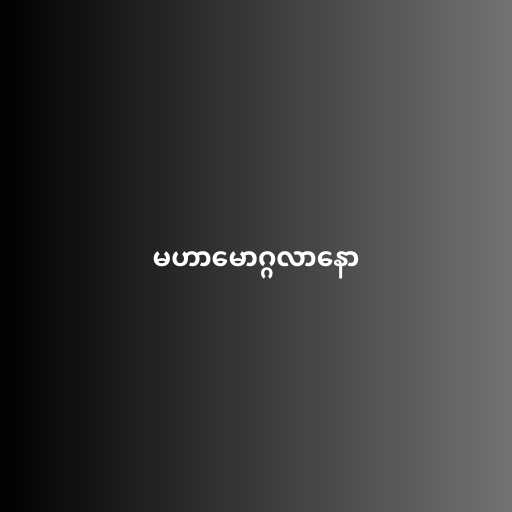
မဟာမောဂ္ဂလာနော